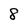
Character: 8